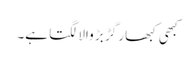
کبھی کبھار گڑ بڑ والا لگتا ہے۔